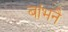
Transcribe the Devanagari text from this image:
बांभनै